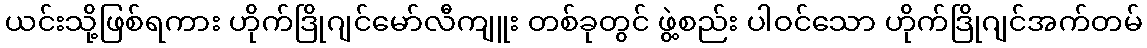
ယင်းသို့ဖြစ်ရကား ဟိုက်ဒြိုဂျင်မော်လီကျူး တစ်ခုတွင် ဖွဲ့စည်း ပါဝင်သော ဟိုက်ဒြိုဂျင်အက်တမ်